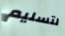
لتسليم